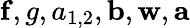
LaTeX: \mathbf{f},g,a_{1,2},\mathbf{b},\mathbf{w},\mathbf{a}